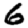
Digit: 6